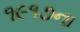
૧૯૧૭ના